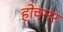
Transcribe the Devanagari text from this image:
होचनर